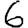
Digit: 6